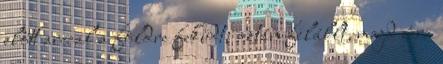
előtt arccal a földre feküdt; aztán felállt, majd újra